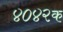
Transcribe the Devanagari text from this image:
४०४२क